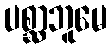
ပစ္ဆာဘူမေ